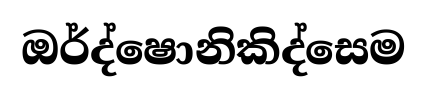
ඔර්ද්ෂොනිකිද්සෙම